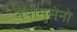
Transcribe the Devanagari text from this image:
नेपोमुसेनो